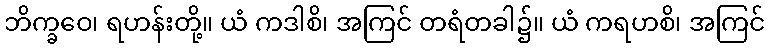
ဘိက္ခဝေ၊ ရဟန်းတို့။ ယံ ကဒါစိ၊ အကြင် တရံတခါ၌။ ယံ ကရဟစိ၊ အကြင်